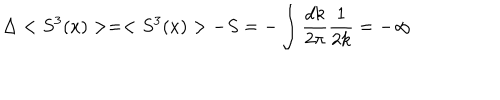
\Delta < S ^ { 3 } ( x ) > = < S ^ { 3 } ( x ) > - S = - \int \frac { d k } { 2 \pi } \frac { 1 } { 2 k } = - \infty